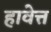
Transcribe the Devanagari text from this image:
हावेत्त